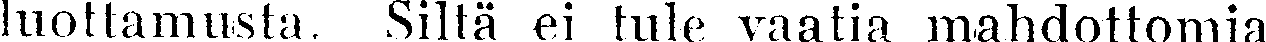
luottamusta. Siltä ei tule vaatia mahdottomia